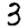
Digit: 3